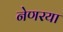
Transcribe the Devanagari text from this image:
नेणरया